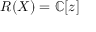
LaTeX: R ( X ) = \mathbb { C } [ z ]